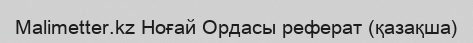
Malimetter.kz Ноғай Ордасы реферат (қазақша)